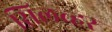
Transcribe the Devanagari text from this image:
सिलव्हर